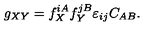
g _ { X Y } = f _ { X } ^ { i A } f _ { Y } ^ { j B } \varepsilon _ { i j } C _ { A B } .